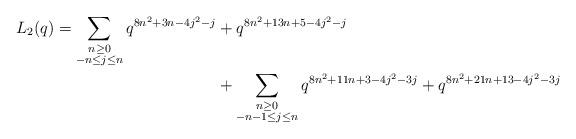
LaTeX: \begin{align*} \begin{aligned}L_{2}(q) = \sum_{\substack{n \geq 0 \\ -n \leq j \leq n}} q^{8n^2 + 3n - 4j^2 - j} & + q^{8n^2 + 13n + 5- 4j^2-j} \\& + \sum_{\substack{n \geq 0 \\ -n-1 \leq j \leq n}} q^{8n^2 + 11n + 3 - 4j^2 -3j} + q^{8n^2 + 21n + 13 - 4j^2 -3j}\end{aligned}\end{align*}